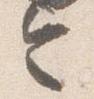
令